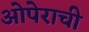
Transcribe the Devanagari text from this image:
ओपेराची